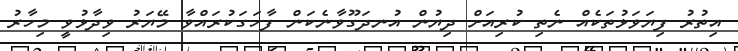
އިތުރު ފިޔަވަޅުތަކެއް ނެތި ކުރިއަށް ދިޔުން އުނދަގޫވާނެކަން ފާހަގަކުރައްވާ މޭޔަރު ވިދާޅުވީ މިހާރު